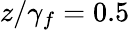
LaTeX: z/\gamma_{f}=0.5